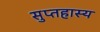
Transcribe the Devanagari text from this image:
सुप्तहास्य